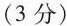
(3分)